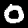
Label: 0